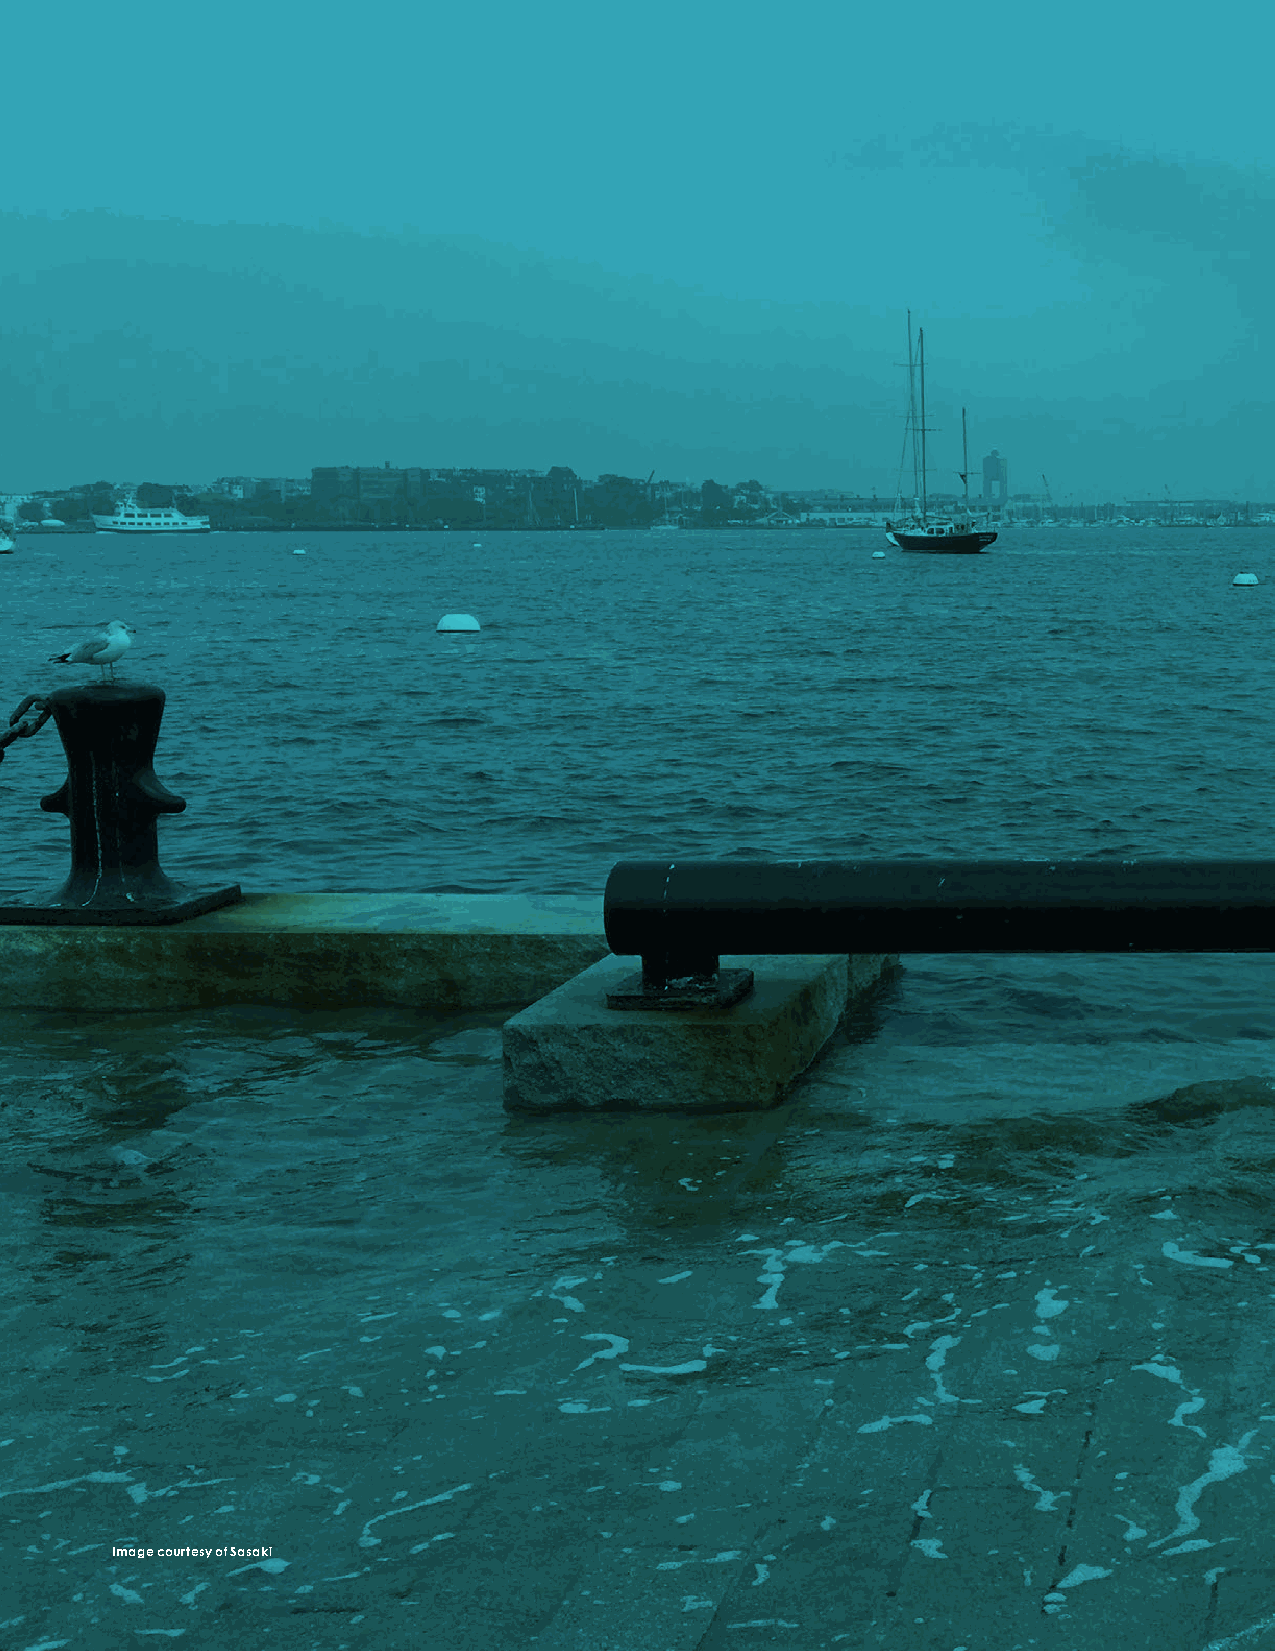
Climate                       risks
 are           not           new              for
 Boston,                     but          they
 will         continue                          to
 increase                         as        the
 global                   climate
 changes.
 Image courtesy of Sasaki
 H City of Boston: Climate Ready Boston